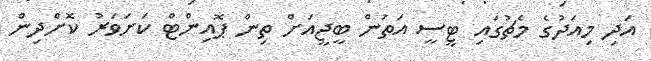
އަދި މިއަދުގެ މެޗުގައި ޓީސީ އަތުން ބީޖީއަށް ތިން ޕޮއިންޓް ކަށަވަރު ކޮށްދިން